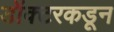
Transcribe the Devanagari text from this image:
डॉक्‍टरकडून